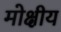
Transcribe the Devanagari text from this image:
मोक्षीय